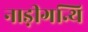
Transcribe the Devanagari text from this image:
नाड़ीगन्थि